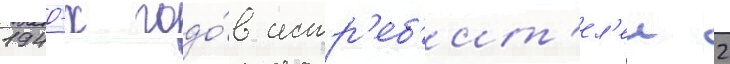
1940-х годо́в истр'еб'ит'ел'еи 2